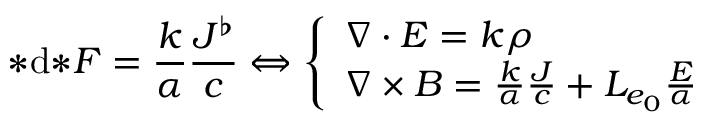
{ * } \mathrm { d } { * } F = \frac { k } { \alpha } \frac { J ^ { \flat } } { c } \Leftrightarrow \left\{ \begin{array} { l l } { \boldsymbol { \nabla \cdot E } = k \rho } \\ { \boldsymbol { \nabla \times B } = \frac { k } { \alpha } \frac { \boldsymbol { J } } { c } + L _ { e _ { 0 } } \frac { \boldsymbol { E } } { \alpha } } \end{array} \right.